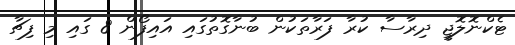
ޓެކްނޮލޮޖީ ދިރާސާ ކުރާ ފަރާތަކުން ބުނާގޮތުގައި އައިފޯން 8 ގައި މި ފިޗާ